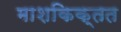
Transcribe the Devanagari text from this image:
माशकिक्तत